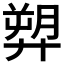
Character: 𢍥